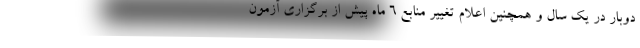
دوبار در یک سال و همچنین اعلام تغییر منابع ۶ ماه پیش از برگزاری آزمون